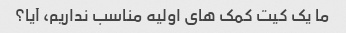
ما یک کیت کمک های اولیه مناسب نداریم، آیا؟